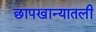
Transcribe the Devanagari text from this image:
छापखान्यातली